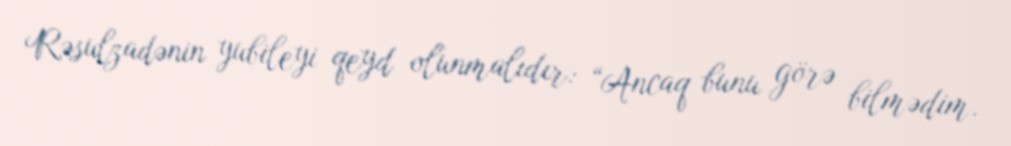
Rəsulzadənin yubileyi qeyd olunmalıdır: “Ancaq bunu görə bilmədim.